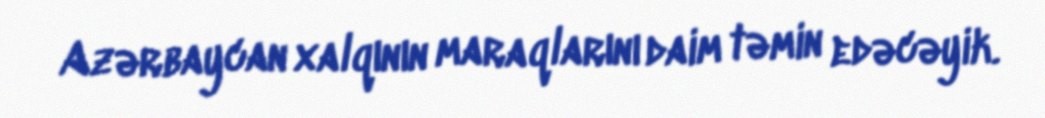
Azərbaycan xalqının maraqlarını daim təmin edəcəyik.